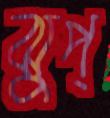
ঝুপ্‌